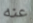
عنه